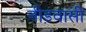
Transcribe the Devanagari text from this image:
नीड़वासी